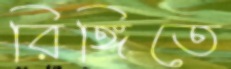
রিঙ্গিতে